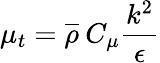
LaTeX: \mu_{t}=\overline{{\rho}}\: C_{\mu}\frac{k^{2}}{\epsilon}